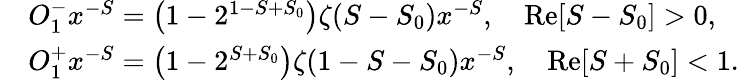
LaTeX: \begin{array}{rl}&{O_{1}^{-}x^{-S}=\left(1-2^{1-S+S_{0}}\right)\zeta(S-S_{0})x^{-S},\quad\mathrm{Re}[S-S_{0}]>0,}\\ &{O_{1}^{+}x^{-S}=\left(1-2^{S+S_{0}}\right)\zeta(1-S-S_{0})x^{-S},\quad\mathrm{Re}[S+S_{0}]<1.}\end{array}